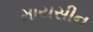
માયસીન